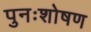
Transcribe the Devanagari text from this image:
पुनःशोषण